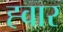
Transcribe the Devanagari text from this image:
ह्वार